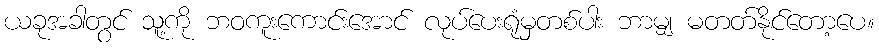
ယခုအခါတွင် သူ့ကို ဘဝကူးကောင်းအောင် လုပ်ပေးရုံမှတစ်ပါး ဘာမျှ မတတ်နိုင်တော့ပေ။